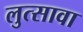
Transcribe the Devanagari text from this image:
लुत्सावा